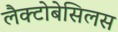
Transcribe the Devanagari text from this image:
लैक्टोबेसिलस